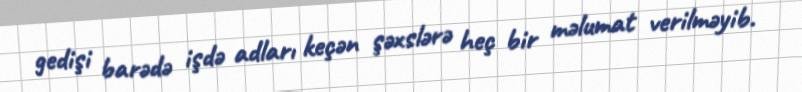
gedişi barədə işdə adları keçən şəxslərə heç bir məlumat verilməyib.